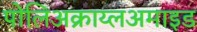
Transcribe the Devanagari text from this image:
पोलिअक्राय्लअमाइड